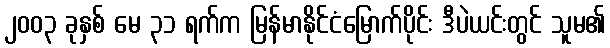
၂၀၀၃ ခုနှစ် မေ ၃၁ ရက်က မြန်မာနိုင်ငံမြောက်ပိုင်း ဒီပဲယင်းတွင် သူမ၏